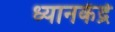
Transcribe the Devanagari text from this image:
ध्यानकेंद्रे